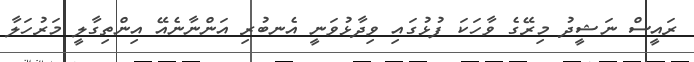
ރައީސް ނަޝީދު މިރޭގެ ވާހަކަ ފުޅުގައި ވިދާޅުވަނީ އެނބުރި އަންނާނެއޭ އިންތިގާލީ މަރުހަލާ